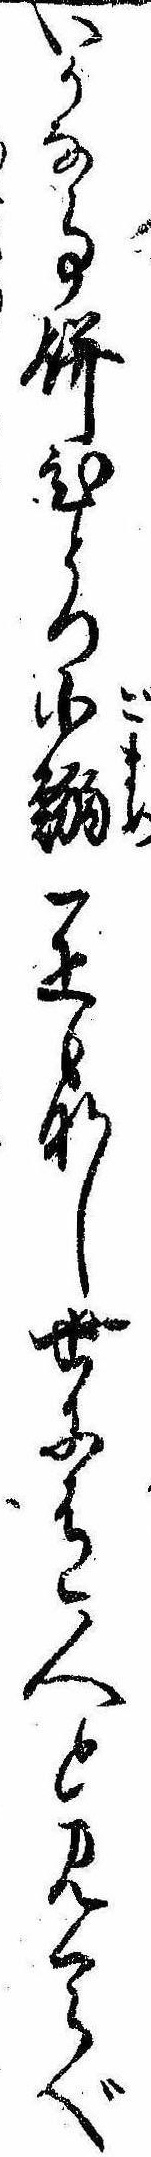
いかな事餅ひとつ小鰯一疋もなし世に有人と見くらべ